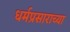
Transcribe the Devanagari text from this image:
धर्मप्रसाराच्या